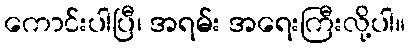
ကောင်းပါပြီ၊ အရမ်း အရေးကြီးလို့ပါ။